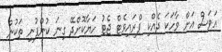
އަވަސް އަށް ވާހަކަ ދެއްކި ޕްރައިވެޓް ޖެޓު ހަޔާކޮށްދޭ ގިނަ ކުންފުނި ތަކުން